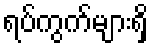
ရပ်ကွက်များရှိ